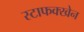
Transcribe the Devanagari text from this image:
स्टाफक्खेन